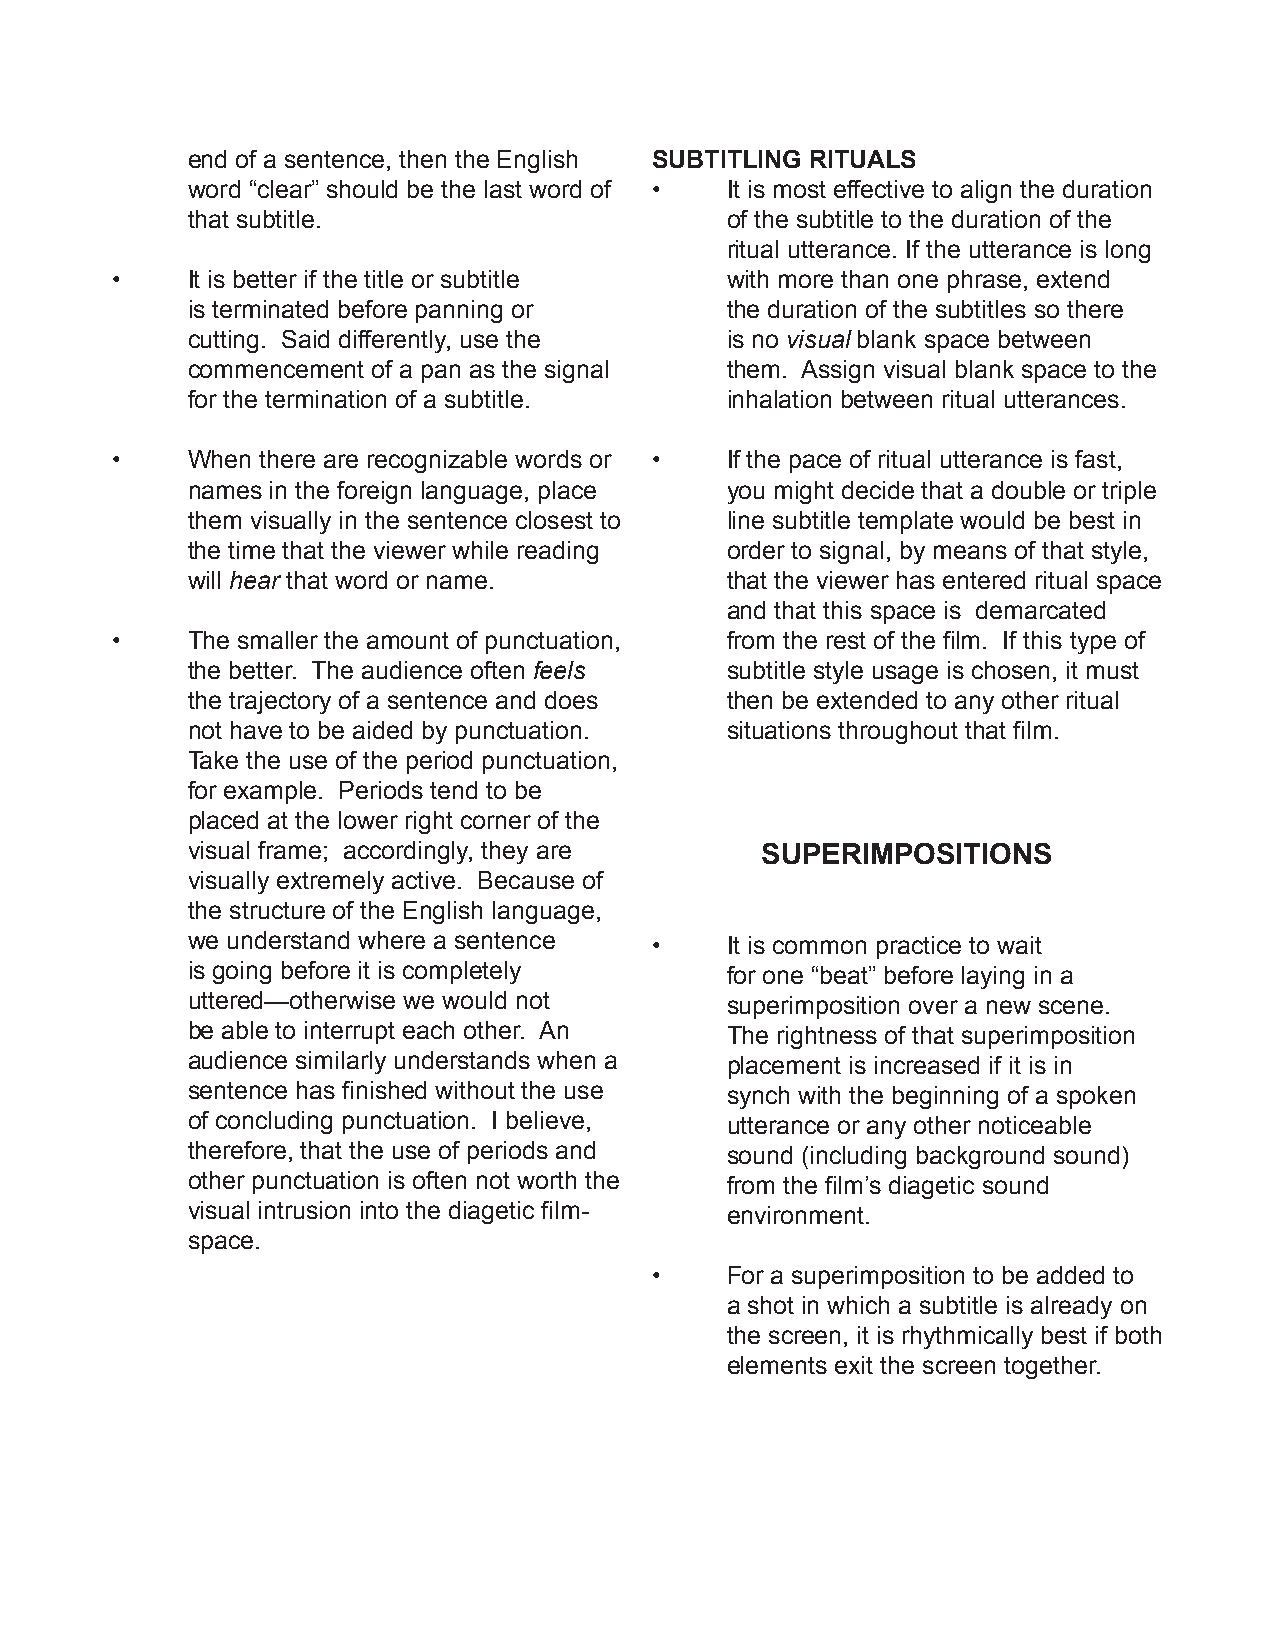
end of a sentence, then the English SUBTITLING RITUALS
 word “clear” should be the last word of • It is most effective to align the duration
 that subtitle.                      of the subtitle to the duration of the
 ritual utterance. If the utterance is long
 •    It is better if the title or subtitle with more than one phrase, extend
 is terminated before panning or     the duration of the subtitles so there
 cutting. Said differently, use the  is no visual blank space between
 commencement of a pan as the signal them. Assign visual blank space to the
 for the termination of a subtitle.  inhalation between ritual utterances.
 •    When there are recognizable words or • If the pace of ritual utterance is fast,
 names in the foreign language, place you might decide that a double or triple
 them visually in the sentence closest to line subtitle template would be best in
 the time that the viewer while reading order to signal, by means of that style,
 will hear that word or name.        that the viewer has entered ritual space
 and that this space is demarcated
 •    The smaller the amount of punctuation, from the rest of the film. If this type of
 the better. The audience often feels subtitle style usage is chosen, it must
 the trajectory of a sentence and does then be extended to any other ritual
 not have to be aided by punctuation. situations throughout that film.
 Take the use of the period punctuation,
 for example. Periods tend to be
 placed at the lower right corner of the
 visual frame; accordingly, they are   SUPERIMPOSITIONS
 visually extremely active. Because of
 the structure of the English language,
 we understand where a sentence •    It is common practice to wait
 is going before it is completely    for one “beat” before laying in a
 uttered—otherwise we would not      superimposition over a new scene.
 be able to interrupt each other. An The rightness of that superimposition
 audience similarly understands when a placement is increased if it is in
 sentence has finished without the use synch with the beginning of a spoken
 of concluding punctuation. I believe, utterance or any other noticeable
 therefore, that the use of periods and sound (including background sound)
 other punctuation is often not worth the from the film’s diagetic sound
 visual intrusion into the diagetic film- environment.
 space.
 •    For a superimposition to be added to
 a shot in which a subtitle is already on
 the screen, it is rhythmically best if both
 elements exit the screen together.